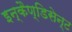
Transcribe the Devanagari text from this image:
इन्कैण्डिसेन्ट